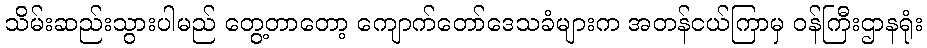
သိမ်းဆည်းသွားပါမည် တွေ့တာတော့ ကျောက်တော်ဒေသခံများက အတန်ငယ်ကြာမှ ဝန်ကြီးဌာနရုံး